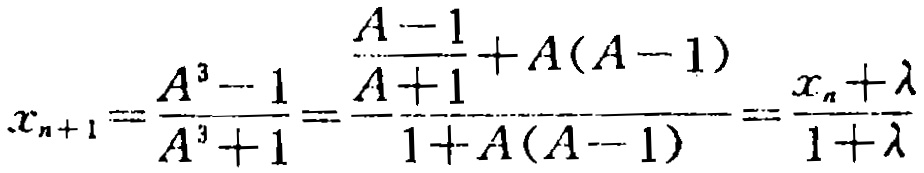
\[x_{n + 1} = \frac{A^{3} - 1}{A^{3} + 1} = \frac{\frac{A - 1}{A + 1} + A(A - 1)}{1 + A(A - 1)} = \frac{x_{n}+\lambda}{1 + \lambda}\]